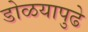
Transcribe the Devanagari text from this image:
डोळयापुढे